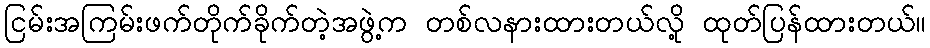
ငြမ်းအကြမ်းဖက်တိုက်ခိုက်တဲ့အဖွဲ့က တစ်လနားထားတယ်လို့ ထုတ်ပြန်ထားတယ်။